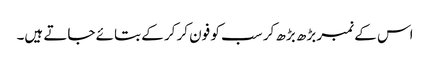
اس کے نمبر بڑھ بڑھ کر سب کو فون کر کر کے بتائے جاتے ہیں۔